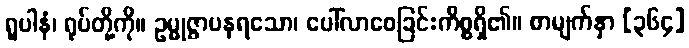
ရူပါနံ၊ ရုပ်တို့ကို။ ဥမ္မုဇ္ဇာပနရသော၊ ပေါ်လာစေခြင်းကိစ္စရှိ၏။ စာမျက်နှာ [၃၆၄]